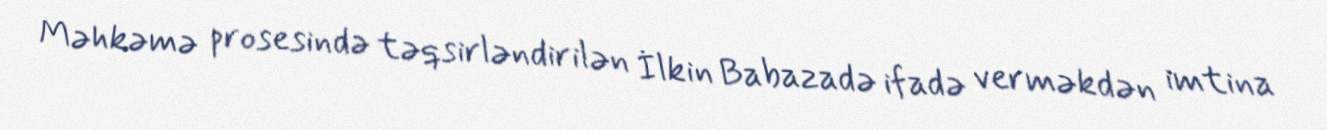
Məhkəmə prosesində təqsirləndirilən İlkin Babazadə ifadə verməkdən imtina